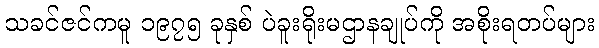
သခင်ဇင်ကမူ ၁၉၇၅ ခုနှစ် ပဲခူးရိုးမဌာနချုပ်ကို အစိုးရတပ်များ